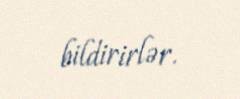
bildirirlər.